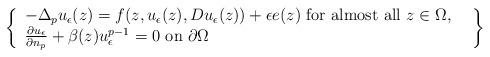
LaTeX: \begin{align*}\left\{\begin{array}{ll}-\Delta_pu_{\epsilon}(z)=f(z,u_{\epsilon}(z),Du_{\epsilon}(z))+\epsilon e(z)\ \mbox{for almost all}\ z\in\Omega,&\\\frac{\partial u_{\epsilon}}{\partial n_p}+\beta(z)u^{p-1}_{\epsilon}=0\ \mbox{on}\ \partial\Omega&\end{array}\right\}\end{align*}